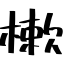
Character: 樕